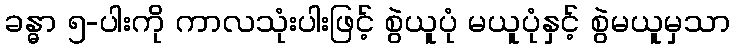
ခန္ဓာ ၅-ပါးကို ကာလသုံးပါးဖြင့် စွဲယူပုံ မယူပုံနှင့် စွဲမယူမှသာ